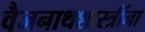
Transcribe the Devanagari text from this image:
वैजनाथशास्त्रींना